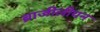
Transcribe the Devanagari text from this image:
ब्राजीलीयन